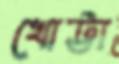
খোট্টা